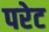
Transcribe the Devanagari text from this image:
परेट